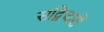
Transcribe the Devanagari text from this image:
सद्विचारों